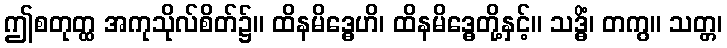
ဤစတုတ္ထ အကုသိုလ်စိတ်၌။ ထိနမိဒ္ဓေဟိ၊ ထိနမိဒ္ဓေတို့နှင့်။ သဒ္ဓိံ၊ တကွ။ သတ္တ၊